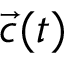
{ \vec { c } } ( t )